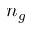
n _ { g }